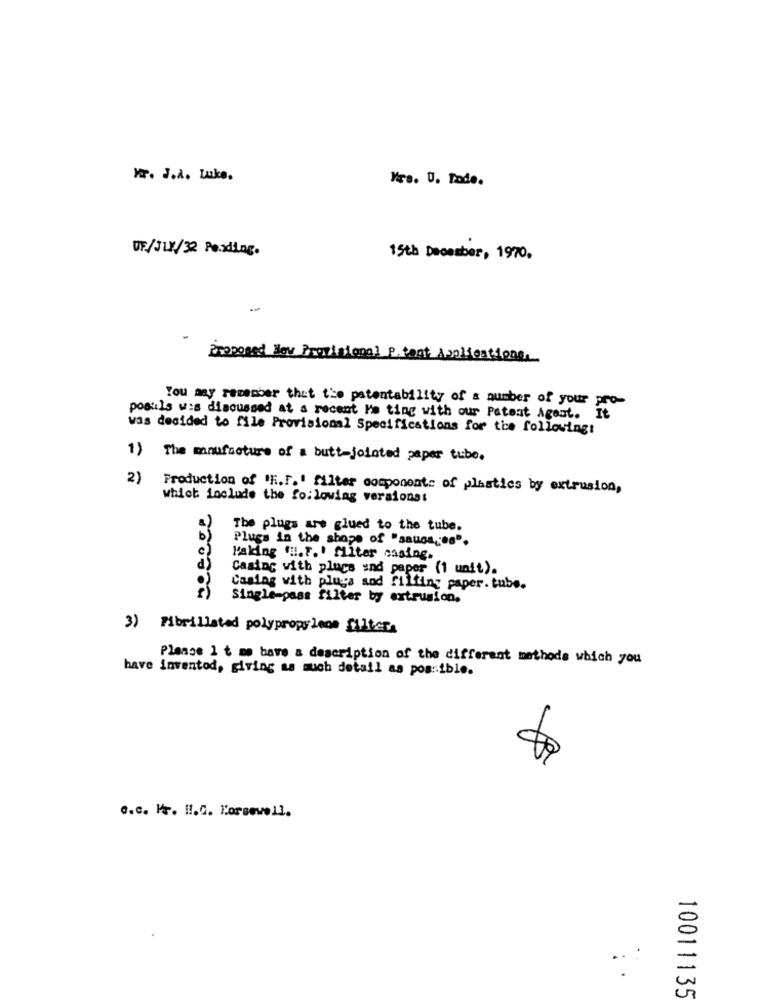
Mr. J.A. Luke.
Hra. U. Tade.
UF/JUL/32 Pending.
15th December, 1970.
-
Proposed Nov Provisional P. tant Applications,
You any remember that the patentability of a number of your pro-
postels was discussed at a recent No ting with our Patent Agent. It
was decided to file Provisional Specifications for the following:
1) The manufacture of a butt-jointed paper tube.
2)
Production of 'F.F.' filter components of plastics by extrusion,
which include the following versionst
The plugs are glued to the tube.
Plugs in the shape of "sauga ,; es".
Making (H.F. fliter casing.
Casing with place and paper (1 unit).
Casing with pluga sod filling paper. tube.
Single-pass filter by extrusion.
3) Fibrillated polypropylene filters
Please I t mo have a description of the different methods which you
have invented, giving as much detail as possible.
o.c. Pr. H !. C. Forsewell.
:
10011135